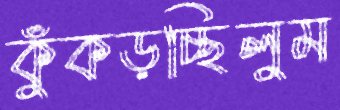
কুঁকড়চ্ছিলুম